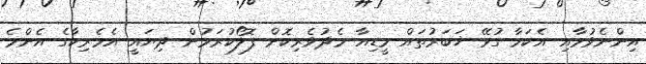
އިންނެވުމާއި އެކަމާ ގުޅޭ ޚަބަރުތައް މީޑިއާ މެދުވެރިކޮށް ފޮލޯކުރަމުން ދިޔައީ އެމެރިކާގެ އެންމެ